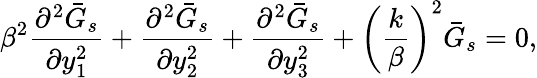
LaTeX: \beta^{2}\frac{\partial^{2}\bar{G}_{s}}{\partial y_{1}^{2}}+\frac{\partial^{2}\bar{G}_{s}}{\partial y_{2}^{2}}+\frac{\partial^{2}\bar{G}_{s}}{\partial y_{3}^{2}}+\left(\frac{k}{\beta}\right)^{2}\bar{G}_{s}=0,